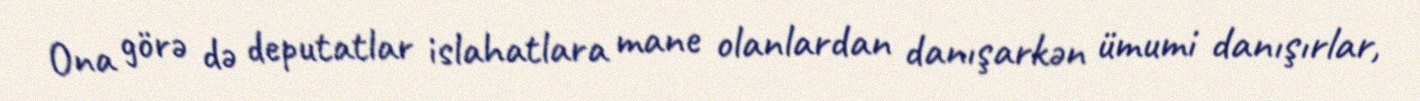
Ona görə də deputatlar islahatlara mane olanlardan danışarkən ümumi danışırlar,